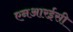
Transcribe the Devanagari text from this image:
एनआरईसी